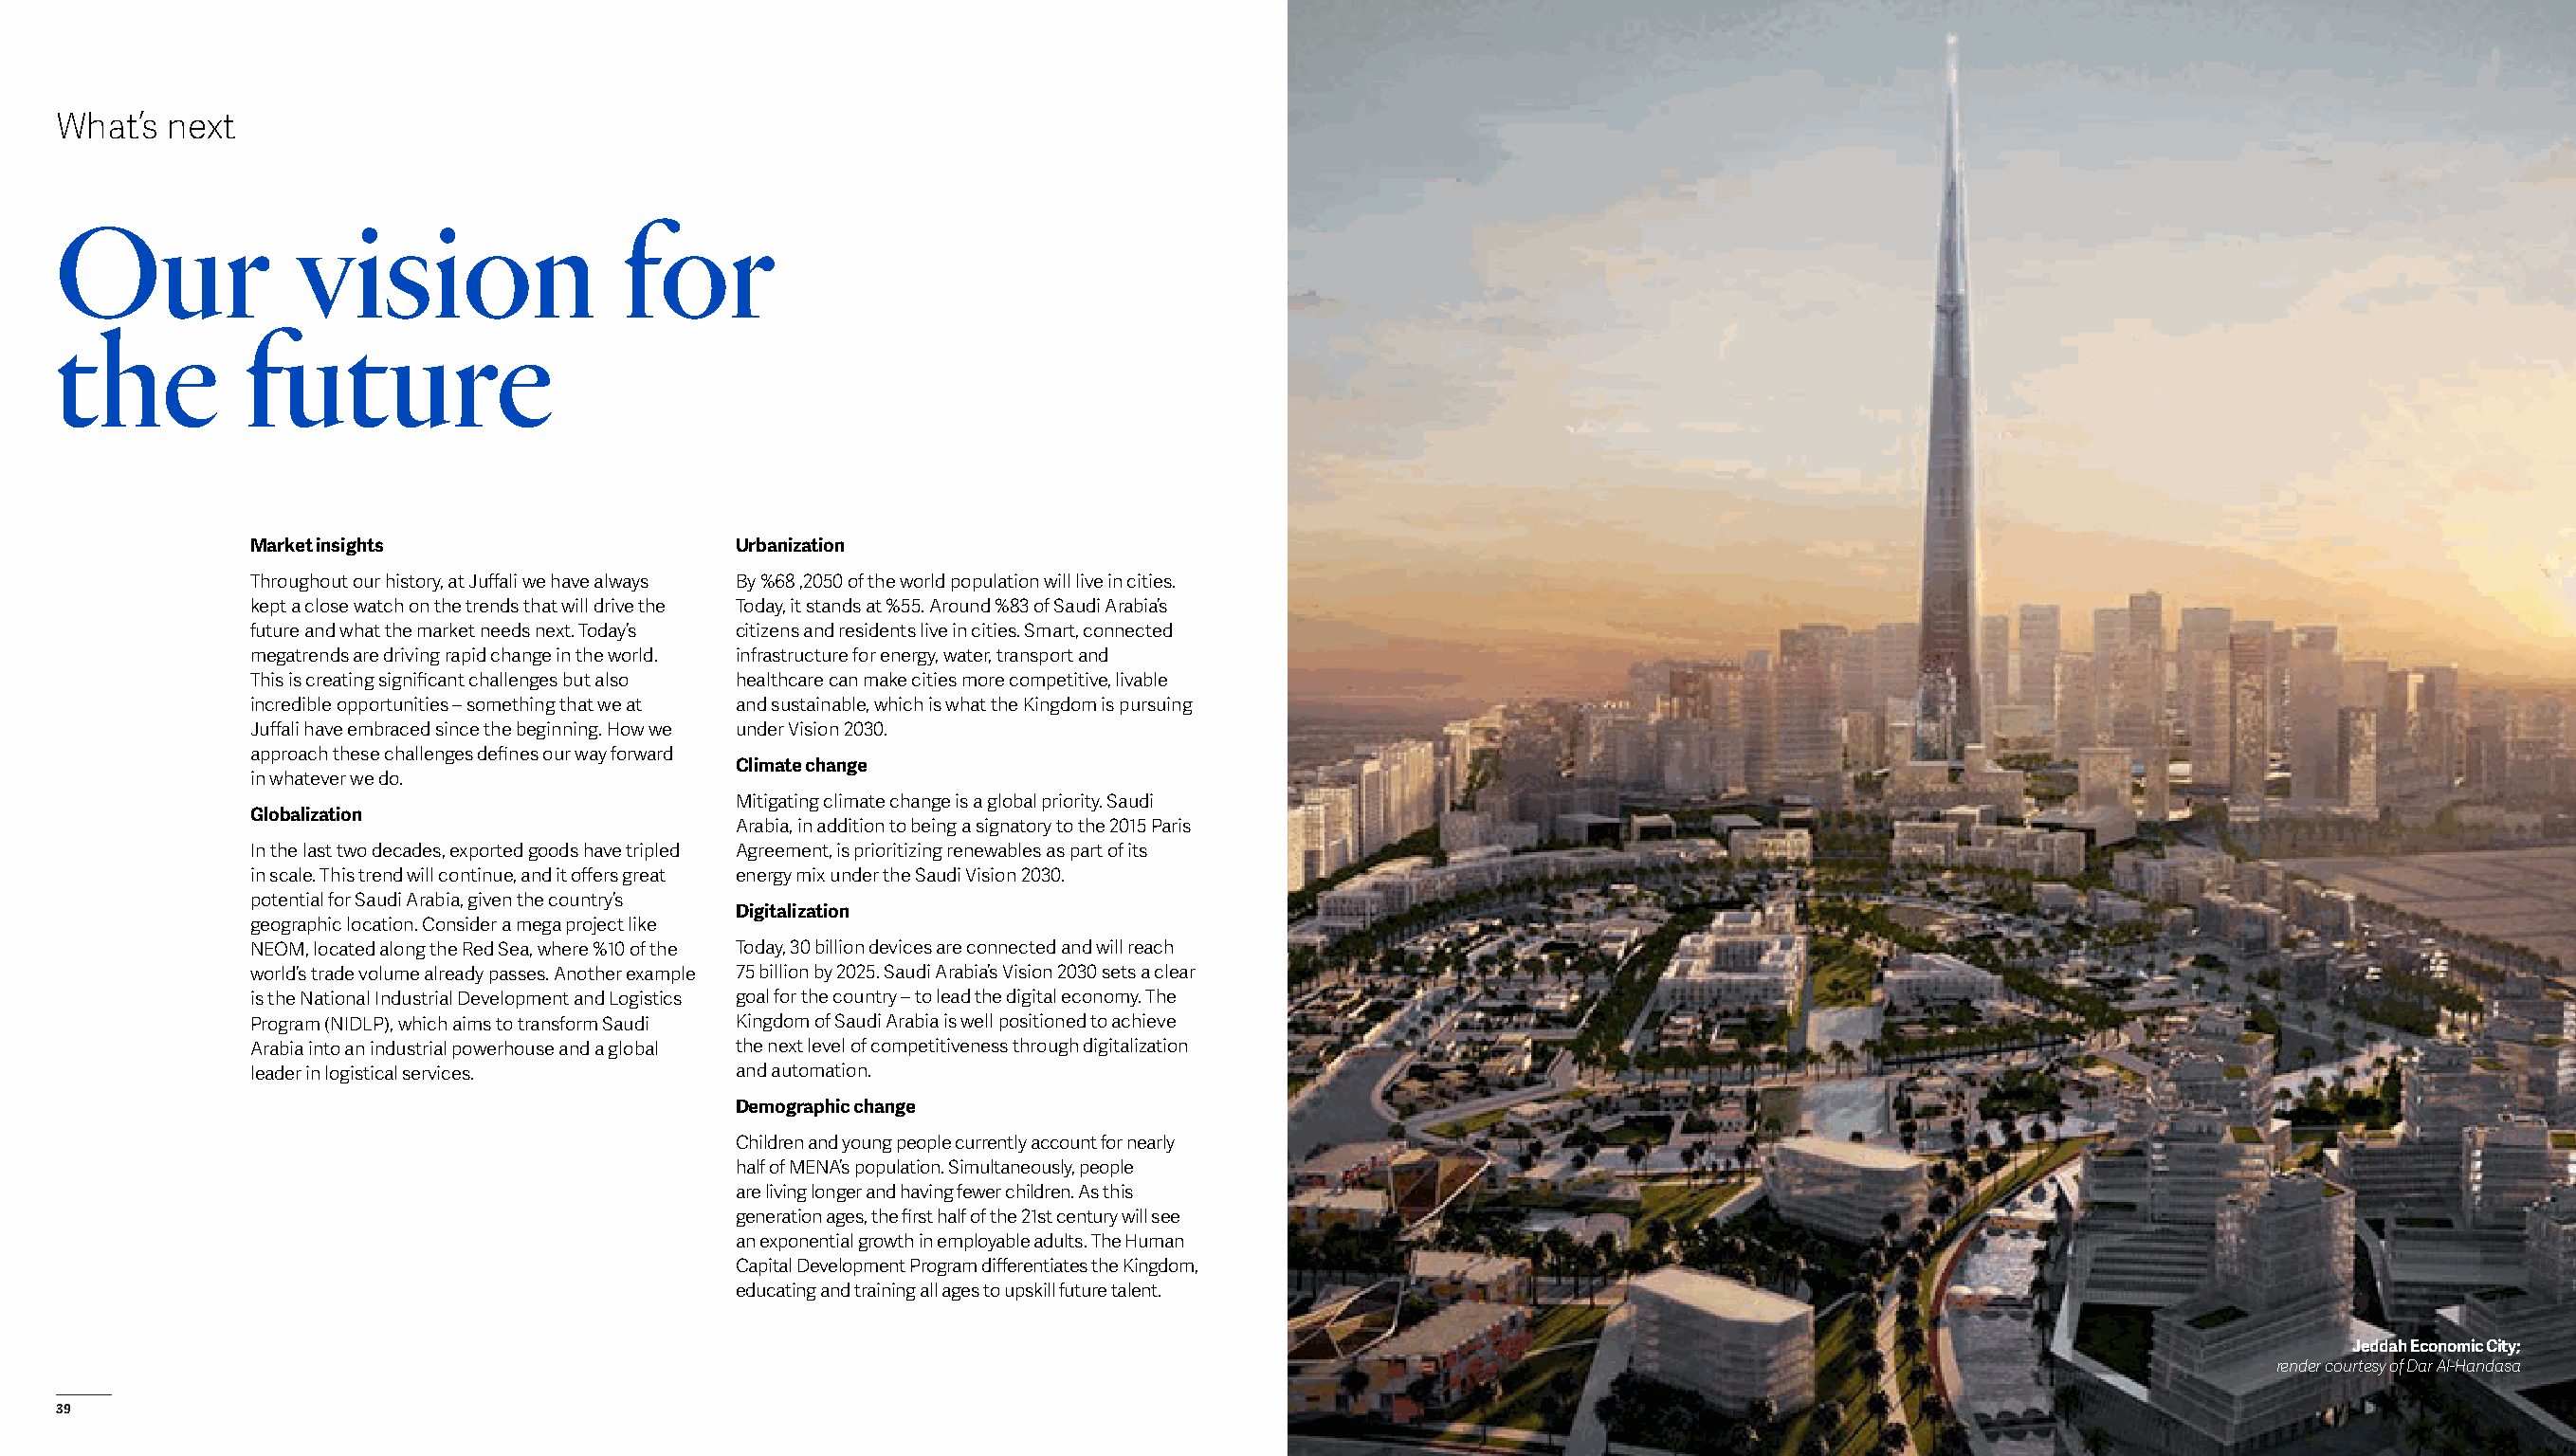
What’s  next
 Our              vision                 for
 the          future
 Market insights                   Urbanization
 Throughout our history, at Juffali we have always By %68 ,2050 of the world population will live in cities.
 kept a close watch on the trends that will drive the Today, it stands at %55. Around %83 of Saudi Arabia’s
 future and what the market needs next. Today’s citizens and residents live in cities. Smart, connected
 megatrends are driving rapid change in the world. infrastructure for energy, water, transport and
 This is creating significant challenges but also healthcare can make cities more competitive, livable
 incredible opportunities – something that we at and sustainable, which is what the Kingdom is pursuing
 Juffali have embraced since the beginning. How we under Vision 2030.
 approach these challenges defines our way forward
 Climate change
 in whatever we do.
 Mitigating climate change is a global priority. Saudi
 Globalization
 Arabia, in addition to being a signatory to the 2015 Paris
 In the last two decades, exported goods have tripled Agreement, is prioritizing renewables as part of its
 in scale. This trend will continue, and it offers great energy mix under the Saudi Vision 2030.
 potential for Saudi Arabia, given the country’s
 Digitalization
 geographic location. Consider a mega project like
 NEOM, located along the Red Sea, where %10 of the Today, 30 billion devices are connected and will reach
 world’s trade volume already passes. Another example 75 billion by 2025. Saudi Arabia’s Vision 2030 sets a clear
 is the National Industrial Development and Logistics goal for the country – to lead the digital economy. The
 Program (NIDLP), which aims to transform Saudi Kingdom of Saudi Arabia is well positioned to achieve
 Arabia into an industrial powerhouse and a global the next level of competitiveness through digitalization
 leader in logistical services.    and automation.
 Demographic change
 Children and young people currently account for nearly
 half of MENA’s population. Simultaneously, people
 are living longer and having fewer children. As this
 generation ages, the first half of the 21st century will see
 an exponential growth in employable adults. The Human
 Capital Development Program differentiates the Kingdom,
 educating and training all ages to upskill future talent.
 Jeddah Economic City;
 render courtesy of Dar Al-Handasa
 39                                                                                                                                                                         40